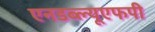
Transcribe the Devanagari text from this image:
एनडब्ल्यूएफपी